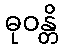
ဓုဝန္တိ